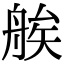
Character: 𦩈